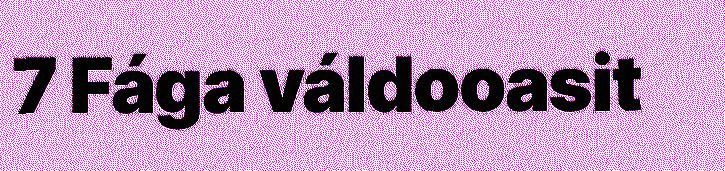
7 Fága váldooasit